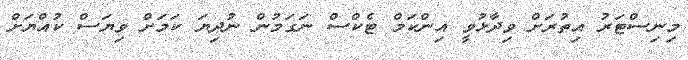
މިނިސްޓަރު އިތުރަށް ވިދާޅުވީ އިންކަމް ޓެކްސް ނަގަމުން ނުދިޔަ ކަމަށް ވިޔަސް ކުއްޔަށް